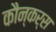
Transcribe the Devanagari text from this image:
कौन्कर्स